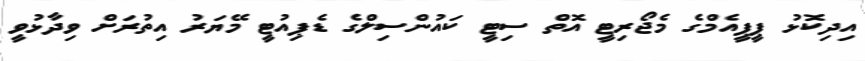
އިދިކޮޅު ޕީޕީއެމްގެ މެޖޯރިޓީ އޮތް ސިޓީ ކައުންސިލްގެ ޑެޕިއުޓީ މޭޔަރު އިތުރަށް ވިދާޅުވީ